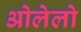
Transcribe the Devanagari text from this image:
ओलेलो